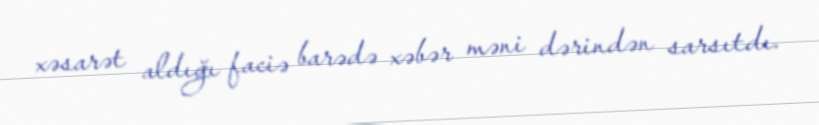
xəsarət aldığı faciə barədə xəbər məni dərindən sarsıtdı.